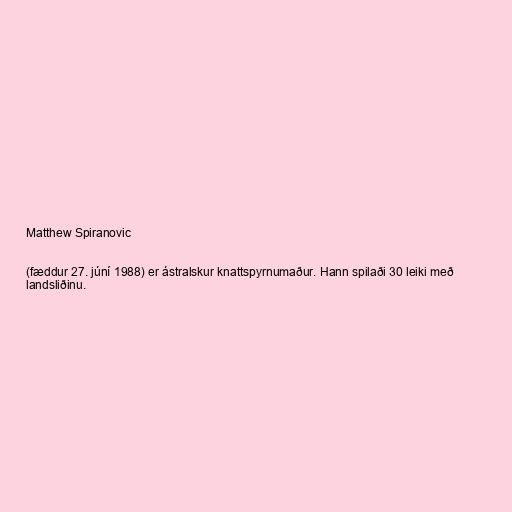
Matthew Spiranovic

(fæddur 27. júní 1988) er ástralskur knattspyrnumaður. Hann spilaði 30 leiki með
landsliðinu.